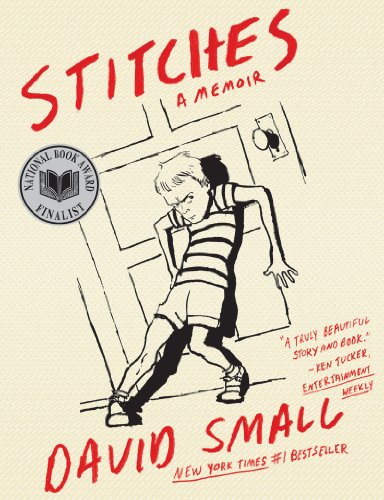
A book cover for Stitches: A Memoir; David Small; Comics & Graphic Novels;